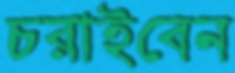
চরাইবেন